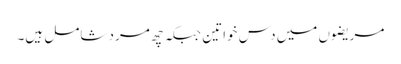
مریضوں میں دس خواتین جبکہ چھ مرد شامل ہیں۔